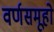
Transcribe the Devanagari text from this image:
वर्णसमूहो